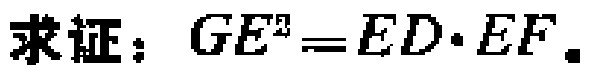
求证：\(GE^{2}=ED\cdot EF\)。